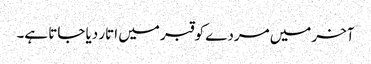
آخر میں مردے کو قبر میں اتار دیا جاتا ہے۔